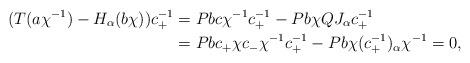
LaTeX: \begin{align*}(T(a \chi^{-1})-H_{\alpha}(b\chi))c_+^{-1}& = Pbc \chi^{-1}c_+^{-1}-Pb\chi QJ_{\alpha}c_+^{-1}\\ &=Pbc_+\chi c_- \chi^{-1}c_+^{-1}-Pb\chi(c_+^{-1})_{\alpha}\chi^{-1}=0, \end{align*}